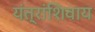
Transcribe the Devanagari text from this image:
यंत्रांशिवाय